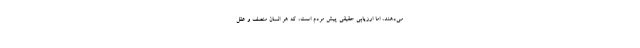
می‌دهند، امّا ارزیابی حقیقی پیش مردم است، که هر انسان منصف و عقل